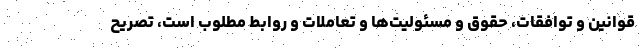
قوانین و توافقات، حقوق و مسئولیت‌ها و تعاملات و روابط مطلوب است، تصریح